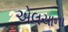
એલચાના